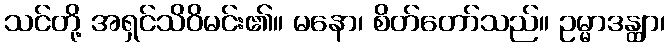
သင်တို့ အရှင်သိဝိမင်း၏။ မနော၊ စိတ်တော်သည်။ ဥမ္မာဒန္တျာ၊